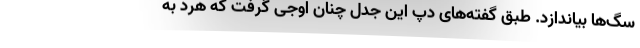
سگ‌ها بیاندازد. طبق گفته‌های دپ این جدل چنان اوجی گرفت که هرد به